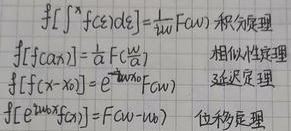
积分定理：
\[
\begin{align*}
\mathcal{F}\left[\int f(\tau)d\tau\right]&=\frac{1}{j\omega}F(\omega)
\end{align*}
\]
相似性定理：
\[
\begin{align*}
\mathcal{F}[f(a t)]&=\frac{1}{|a|}F\left(\frac{\omega}{a}\right)
\end{align*}
\]
延迟定理：
\[
\begin{align*}
\mathcal{F}[f(t - t_0)]&=e^{-j\omega t_0}F(\omega)
\end{align*}
\]
位移定理：
\[
\begin{align*}
\mathcal{F}[e^{j\omega_0 t}f(t)]&=F(\omega - \omega_0)
\end{align*}
\]